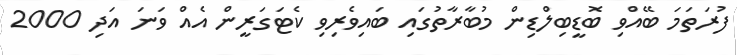
ފުރަތަމަ ބޭއްވި ބޮޑީބިލްޑިން މުބާރާތުގައި ބައިވެރިވި ކެޓަގަރީން އެއް ވަނަ އަދި 2000